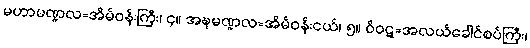
မဟာမဏ္ဍလ=အိမ်ဝန်းကြီး၊ ၄။ အဍ္ဎမဏ္ဍလ=အိမ်ဝန်းငယ်၊ ၅။ ဝိဝဋ္ဋ=အလယ်ခေါင်စပ်ကြီး၊